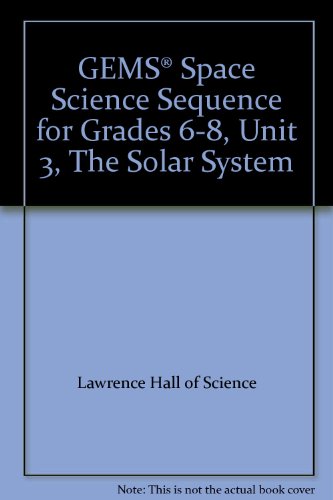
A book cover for GEMSÂ® Space Science Sequence for Grades 6-8, Unit 3, The Solar System; Lawrence Hall of Science; Science & Math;